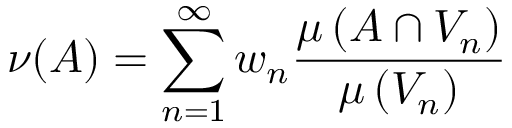
\nu ( A ) = \sum _ { n = 1 } ^ { \infty } w _ { n } { \frac { \mu \left( A \cap V _ { n } \right) } { \mu \left( V _ { n } \right) } }